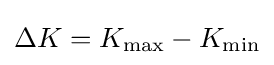
\Delta K=K_{\text{max}}-K_{\text{min}}